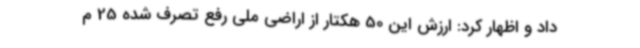
داد و اظهار کرد: ارزش این 50 هکتار از اراضی ملی رفع تصرف شده 25 م